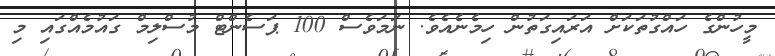
މީހުންގެ ހައްގުތަކަށް އަރައިގަތުން ހިމެނެއެވެ. ނަމަވެސް 100 ޕަސެންޓް މުސްލިމް ގައުމެއްގައި މި